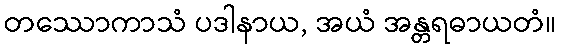
တဿောကာသံ ပဒါနာယ, အယံ အန္တရဓာယတံ။